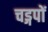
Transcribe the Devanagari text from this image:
चड्गपों